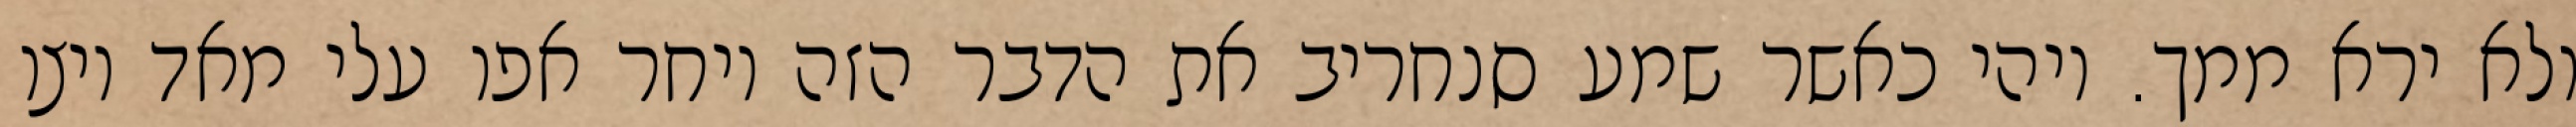
ולא ירא ממך. ויהי כאשר שמע סנחריב את הדבר הזה ויחר אפו עלי מאד ויצו